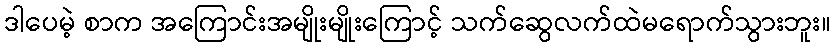
ဒါပေမဲ့ စာက အကြောင်းအမျိုးမျိုးကြောင့် သက်ဆွေလက်ထဲမရောက်သွားဘူး။